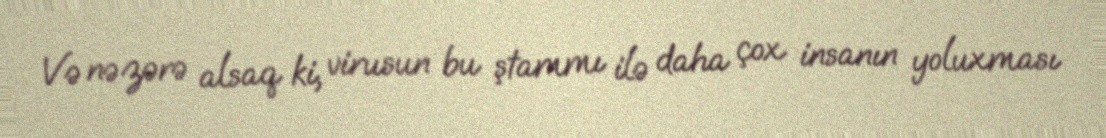
Və nəzərə alsaq ki, virusun bu ştammı ilə daha çox insanın yoluxması